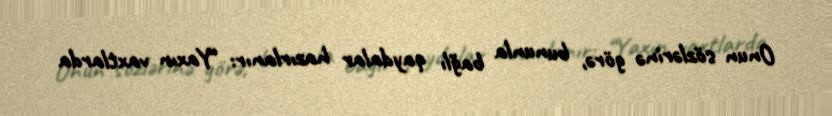
Onun sözlərinə görə, bununla bağlı qaydalar hazırlanır: “Yaxın vaxtlarda